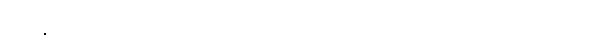
ပြဿနာများ ဖြစ်ပွားခဲ့တယ်လို့ သိပ်မကြာခင် ရက်များ အတွင်းက သတင်းများတက်လာပါတယ်။